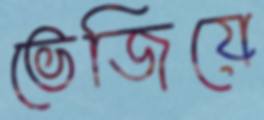
ভেজিয়ে